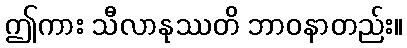
ဤကား သီလာနုဿတိ ဘာဝနာတည်း။